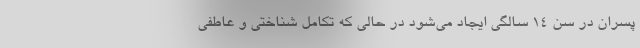
پسران در سن ۱۴ سالگی ایجاد می‌شود در حالی که تکامل شناختی و عاطفی